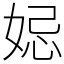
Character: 𡜱